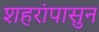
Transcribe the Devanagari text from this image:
शहरांपासुन